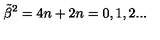
{ \tilde { \beta } } ^ { 2 } = 4 n + 2 n = 0 , 1 , 2 . . .